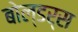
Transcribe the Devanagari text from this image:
बोल्डर्स